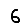
Digit: 6